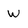
Character: W